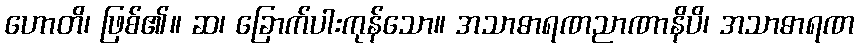
ဟောတိ၊ ဖြစ်၏။ ဆ၊ ခြောက်ပါးကုန်သော။ အသာဓာရဏညာဏာနိပိ၊ အသာဓာရဏ